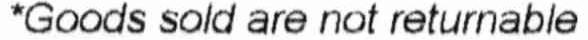
*GOODS SOLD ARE NOT RETURNABLE